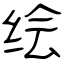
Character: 绘